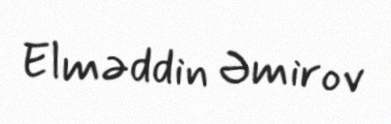
Elməddin Əmirov